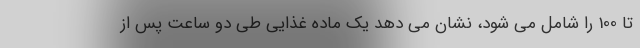
تا 100 را شامل می شود، نشان می دهد یک ماده غذایی طی دو ساعت پس از